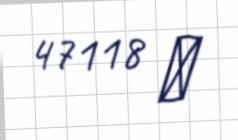
47118 ₼